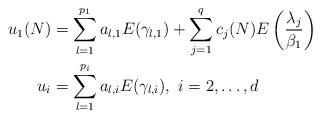
LaTeX: \begin{align*}u_1(N)&=\sum_{l=1}^{p_1}a_{l,1}E(\gamma_{l,1})+\sum_{j=1}^q c_j(N)E\left(\frac{\lambda_j}{\beta_1}\right)\\u_i&=\sum_{l=1}^{p_i}a_{l,i}E(\gamma_{l,i}),\ i=2,\dots,d\end{align*}